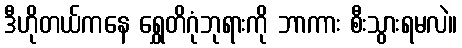
ဒီဟိုတယ်ကနေ ရွှေတိဂုံဘုရားကို ဘာကား စီးသွားရမလဲ။